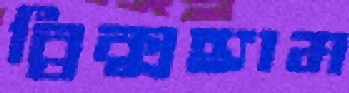
ব্রিক্সহ্যাম